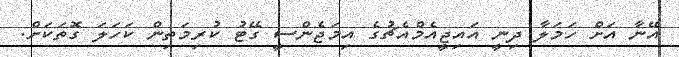
އޭނާ އަށް ހަމަލާ ދިނީ އައިޖީއެމްއެޗުގެ އިމަޖެންސީ ގޭޓު ކުރިމަތިން ކަހަލަ ގޮތަކަށް.